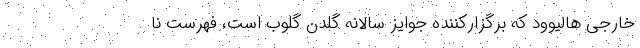
خارجی هالیوود که برگزارکننده جوایز سالانه گلدن گلوب است، فهرست نا